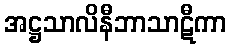
အဋ္ဌသာလိနီဘာသာဋီကာ